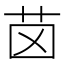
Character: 𦭤